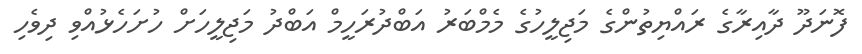
ފޮނަދޫ ދާއިރާގެ ރައްޔިތުންގެ މަޖިލީހުގެ މެމްބަރު އަބްދުރަހީމް އަބްދު މަޖިލީހަށް ހުށަހެޅުއްވި ދިވެހި